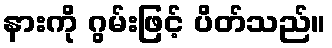
နားကို ဂွမ်းဖြင့် ပိတ်သည်။